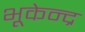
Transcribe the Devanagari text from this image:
भूकेन्द्र